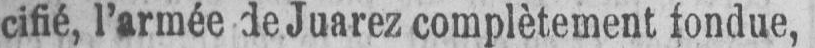
cifié, l’armée de Juarez complètement fondue,